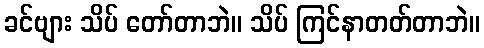
ခင်ဗျား သိပ် တော်တာဘဲ။ သိပ် ကြင်နာတတ်တာဘဲ။